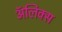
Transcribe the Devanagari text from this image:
ॲलिक्स